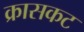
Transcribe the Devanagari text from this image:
क्रासकट